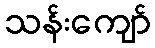
သန်းကျော်